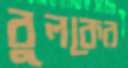
বুলকের